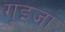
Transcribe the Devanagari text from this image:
गूइजा